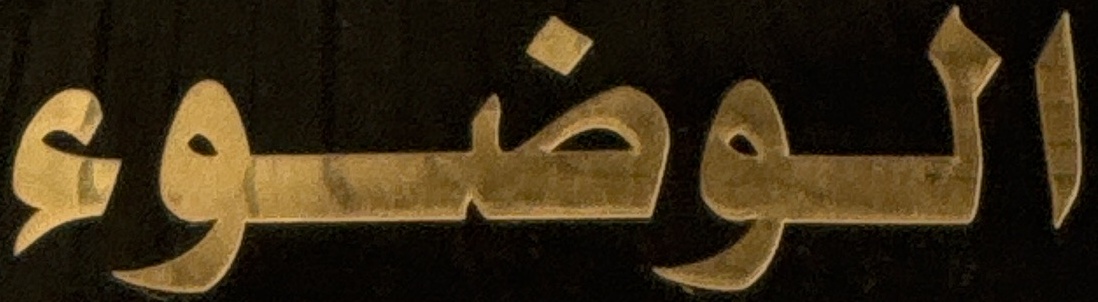
الوضوء